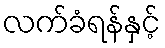
လက်ခံရန်နှင့်